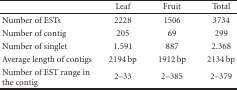
<table><thead><tr><td></td><td><b>Leaf</b></td><td><b>Fruit</b></td><td><b>Total</b></td></tr></thead><tbody><tr><td>Number of ESTs</td><td>2228</td><td>1506</td><td>3734</td></tr><tr><td>Number of contig</td><td>205</td><td>69</td><td>299</td></tr><tr><td>Number of singlet</td><td>1.591</td><td>887</td><td>2.368</td></tr><tr><td>Average length of contigs</td><td>2194 bp</td><td>1912 bp</td><td>2134 bp</td></tr><tr><td>Number of EST range in the contig</td><td>2–33</td><td>2–385</td><td>2–379</td></tr></tbody></table>